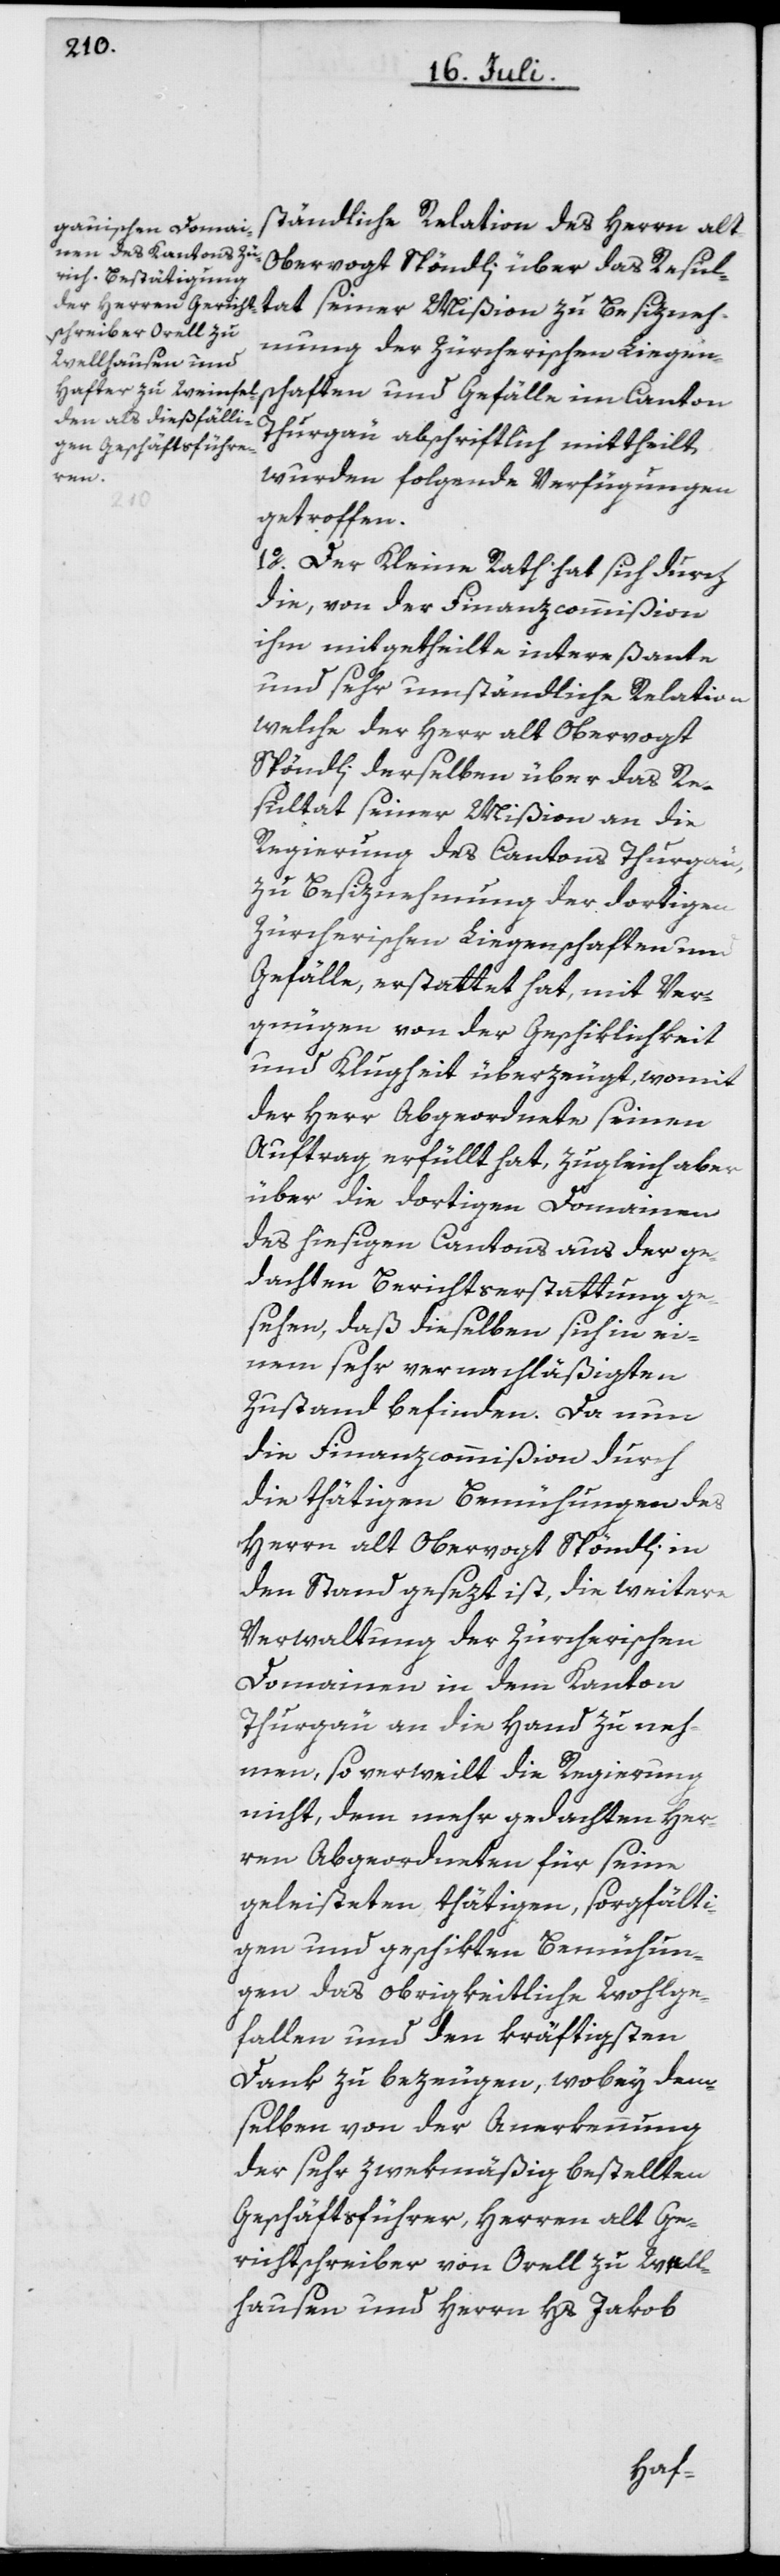
ständliche Relation des Herrn alt-O¬
bervogt Spöndli über das Resul¬
tat seiner Mißion zu Besizneh¬
mung der zürcherischen Liegen¬
schaften und Gefälle im Canton
Thurgäu abschriftlich mittheilt,
wurden folgende Verfügungen
getroffen:
1o. Der Kleine Rath hat sich durch
die, von der Finanzcommißion
ihm mitgetheilte intereßante
und sehr umständliche Relation
welche der Herr alt Obervogt
Spöndli derselben über das Re¬
sultat seiner Mißion an die
Regierung des Cantons Thurgäu,
zu Besiznehmung der dortigen
zürcherischen Liegenschaften und
Gefälle, erstattet hat, mit Ver¬
gnügen von der Geschiklichkeit
und Klugheit überzeugt, womit
der Herr Abgeordnete seinen
Auftrag erfüllt hat, zugleich aber
über die dortigen Domainen
des hiesigen Cantons aus der ge¬
dachten Berichtserstattung ge¬
sehen, daß dieselben sich in ei¬
nem sehr vernachläßigten
Zustand befinden. Da nun
die Finanzcommißion durch
die thätigen Bemühungen des
Herrn alt Obervogt Spöndli in
den Stand gesezt ist, die weitere
Verwaltung der zürcherischen
Domainen in dem Kanton
Thurgäu an die Hand zu neh¬
men, so verweilt die Regierung
nicht, dem mehr gedachten Her¬
ren Abgeordneten für seine
geleisteten thätigen, sorgfälti¬
gen und geschikten Bemühun¬
gen das obrigkeitliche Wohlge¬
fallen und den kräftigsten
Dank zu bezeugen, wobey dem¬
selben von der Anerkennung
der sehr zwekmäßig bestellten
Geschäftsführer, Herren alt Ge¬
richtschreiber von Orell zu Well¬
hausen und Herrn Hs Jakob